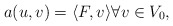
\begin{align*}a(u,v) = \langle F,v \rangle \forall v \in V_0,\end{align*}